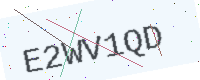
Text: E2WV1QD